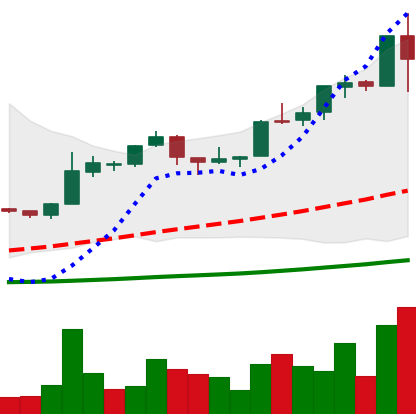
Ticker: BTC-USD
Chart end date: 2015-12-12
Forward return: 4.846%
Label: up_3_5